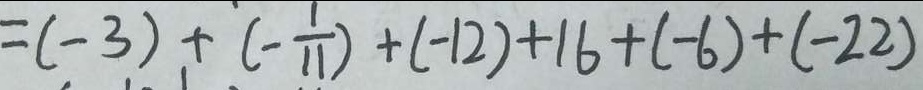
= ( - 3 ) + ( - \frac { 1 } { 1 1 } ) + ( - 1 2 ) + 1 6 + ( - 6 ) + ( - 2 2 )